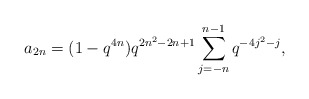
\begin{align*} a_{2n} = (1-q^{4n})q^{2n^2-2n+1}\sum_{j=-n}^{n-1}q^{-4j^2-j}, \end{align*}